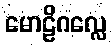
မောဠိဂလ္လေ